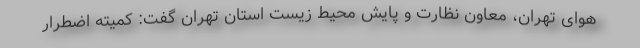
هوای تهران، معاون نظارت و پایش محیط زیست استان تهران گفت: کمیته اضطرار